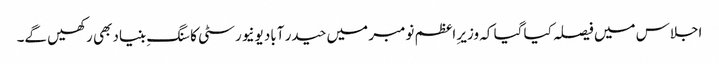
اجلاس میں فیصلہ کیا گیا کہ وزیرِ اعظم نومبر میں حیدر آباد یونیورسٹی کا سنگِ بنیاد بھی رکھیں گے۔